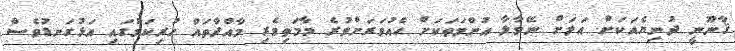
ޤާނޫނީ ދުނިޔެއަކަށް އަލަށް ނޭވާލާ އުންމަތަކަށް ހެއުވަރަށްވުރެ މާމަތިވެރި މާއްދާތައް ހުރިކަމުގައި އަޅުގަނޑުވެސް